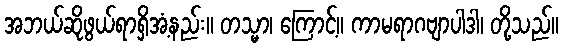
အဘယ်ဆိုဖွယ်ရာရှိအံ့နည်း။ တသ္မာ၊ ကြောင့်။ ကာမရာဂဗျာပါဒါ၊ တို့သည်။